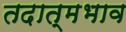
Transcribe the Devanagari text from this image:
तदात्मभाव